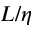
L / \eta